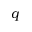
q